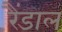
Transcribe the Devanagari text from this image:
रैंडाल